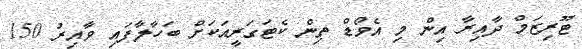
ޓޫރިޒަމް ދާއިރާ އިން މި އެވޯޑް ތިން ކެޓަގަރީއަކަށް ބަހާލާފައި ވާއިރު 150